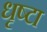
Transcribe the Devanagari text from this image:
धृष्टा